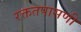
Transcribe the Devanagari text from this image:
रक्ततपासणी